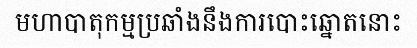
មហាបាតុកម្មប្រឆាំងនឹងការបោះឆ្នោតនោះ